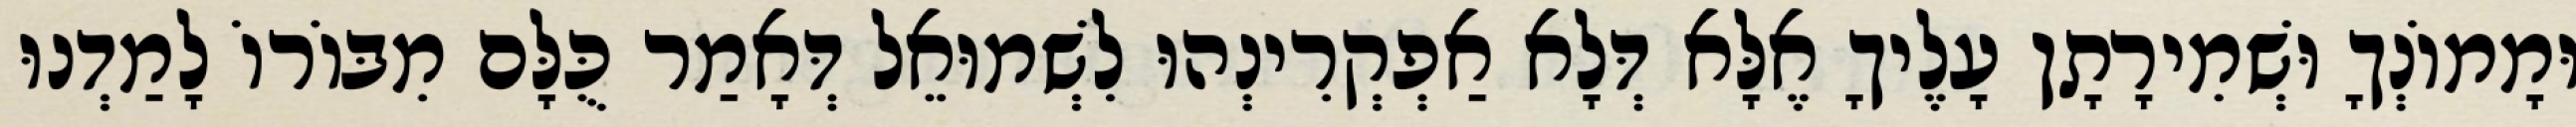
וּמָמוֹנְךָ וּשְׁמִירָתָן עָלֶיךָ אֶלָּא דְּלָא אַפְקְרִינְהוּ לִשְׁמוּאֵל דְּאָמַר כֻּלָּם מִבּוֹרוֹ לָמַדְנוּ